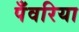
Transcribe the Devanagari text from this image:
पँवरिया